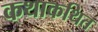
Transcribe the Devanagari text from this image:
कथाकथित